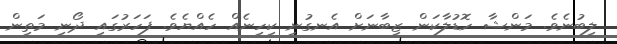
ލިބުނެވެ. މަންޝާ ހޮޑުލާކަން ޒިބާނަށް އެނގުނީ ކިހިނެއް ހެއްޔެވެ. ފަހަރުގައި ދޯނި މަތިން